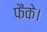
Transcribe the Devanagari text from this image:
फैंके।